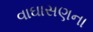
વાઘાસણના